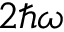
2 \hbar \omega